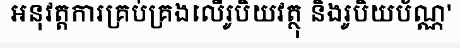
អនុវត្តការគ្រប់គ្រងលើរូបិយវត្ថុ និងរូបិយប័ណ្ណ'